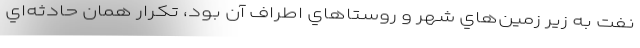
نفت به زير زمين‌هاي شهر و روستاهاي اطراف آن بود، تكرار همان حادثه‌اي